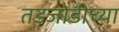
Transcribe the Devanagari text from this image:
तडजोडीच्या